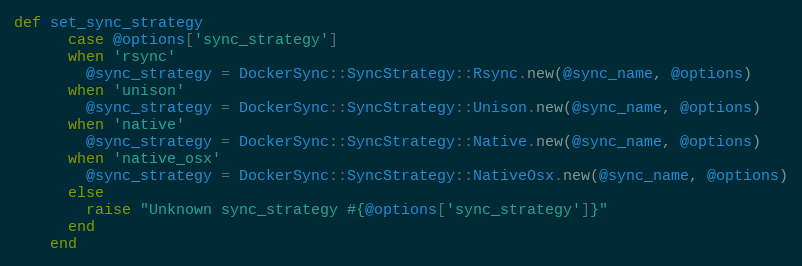
Language: Ruby
def set_sync_strategy
      case @options['sync_strategy']
      when 'rsync'
        @sync_strategy = DockerSync::SyncStrategy::Rsync.new(@sync_name, @options)
      when 'unison'
        @sync_strategy = DockerSync::SyncStrategy::Unison.new(@sync_name, @options)
      when 'native'
        @sync_strategy = DockerSync::SyncStrategy::Native.new(@sync_name, @options)
      when 'native_osx'
        @sync_strategy = DockerSync::SyncStrategy::NativeOsx.new(@sync_name, @options)
      else
        raise "Unknown sync_strategy #{@options['sync_strategy']}"
      end
    end